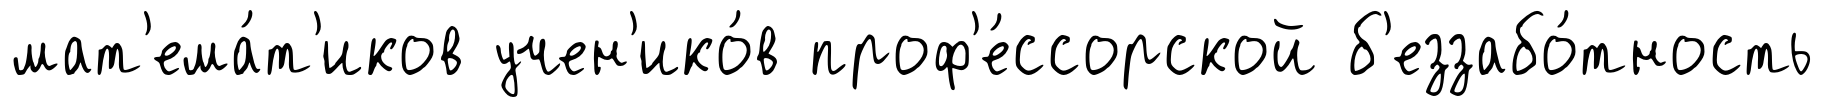
мат'ема́т'иков учен'ико́в проф'е́ссорской б'еззабо́тность